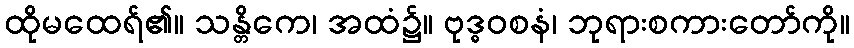
ထိုမထေရ်၏။ သန္တိကေ၊ အထံ၌။ ဗုဒ္ဓဝစနံ၊ ဘုရားစကားတော်ကို။